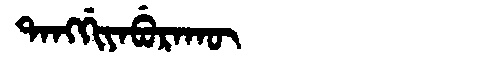
Manchu: ᡨᠠᠩᡤᡳᠶᠠᠪᡠᡵᠠᡴᡡ
Romanization: TANGGIYABURAKŪ